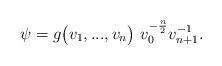
LaTeX: \begin{align*} \psi=g\big(v_1,...,v_n\big)~v_0^{-\frac{n}{2}}v_{n+1}^{-1}. \end{align*}